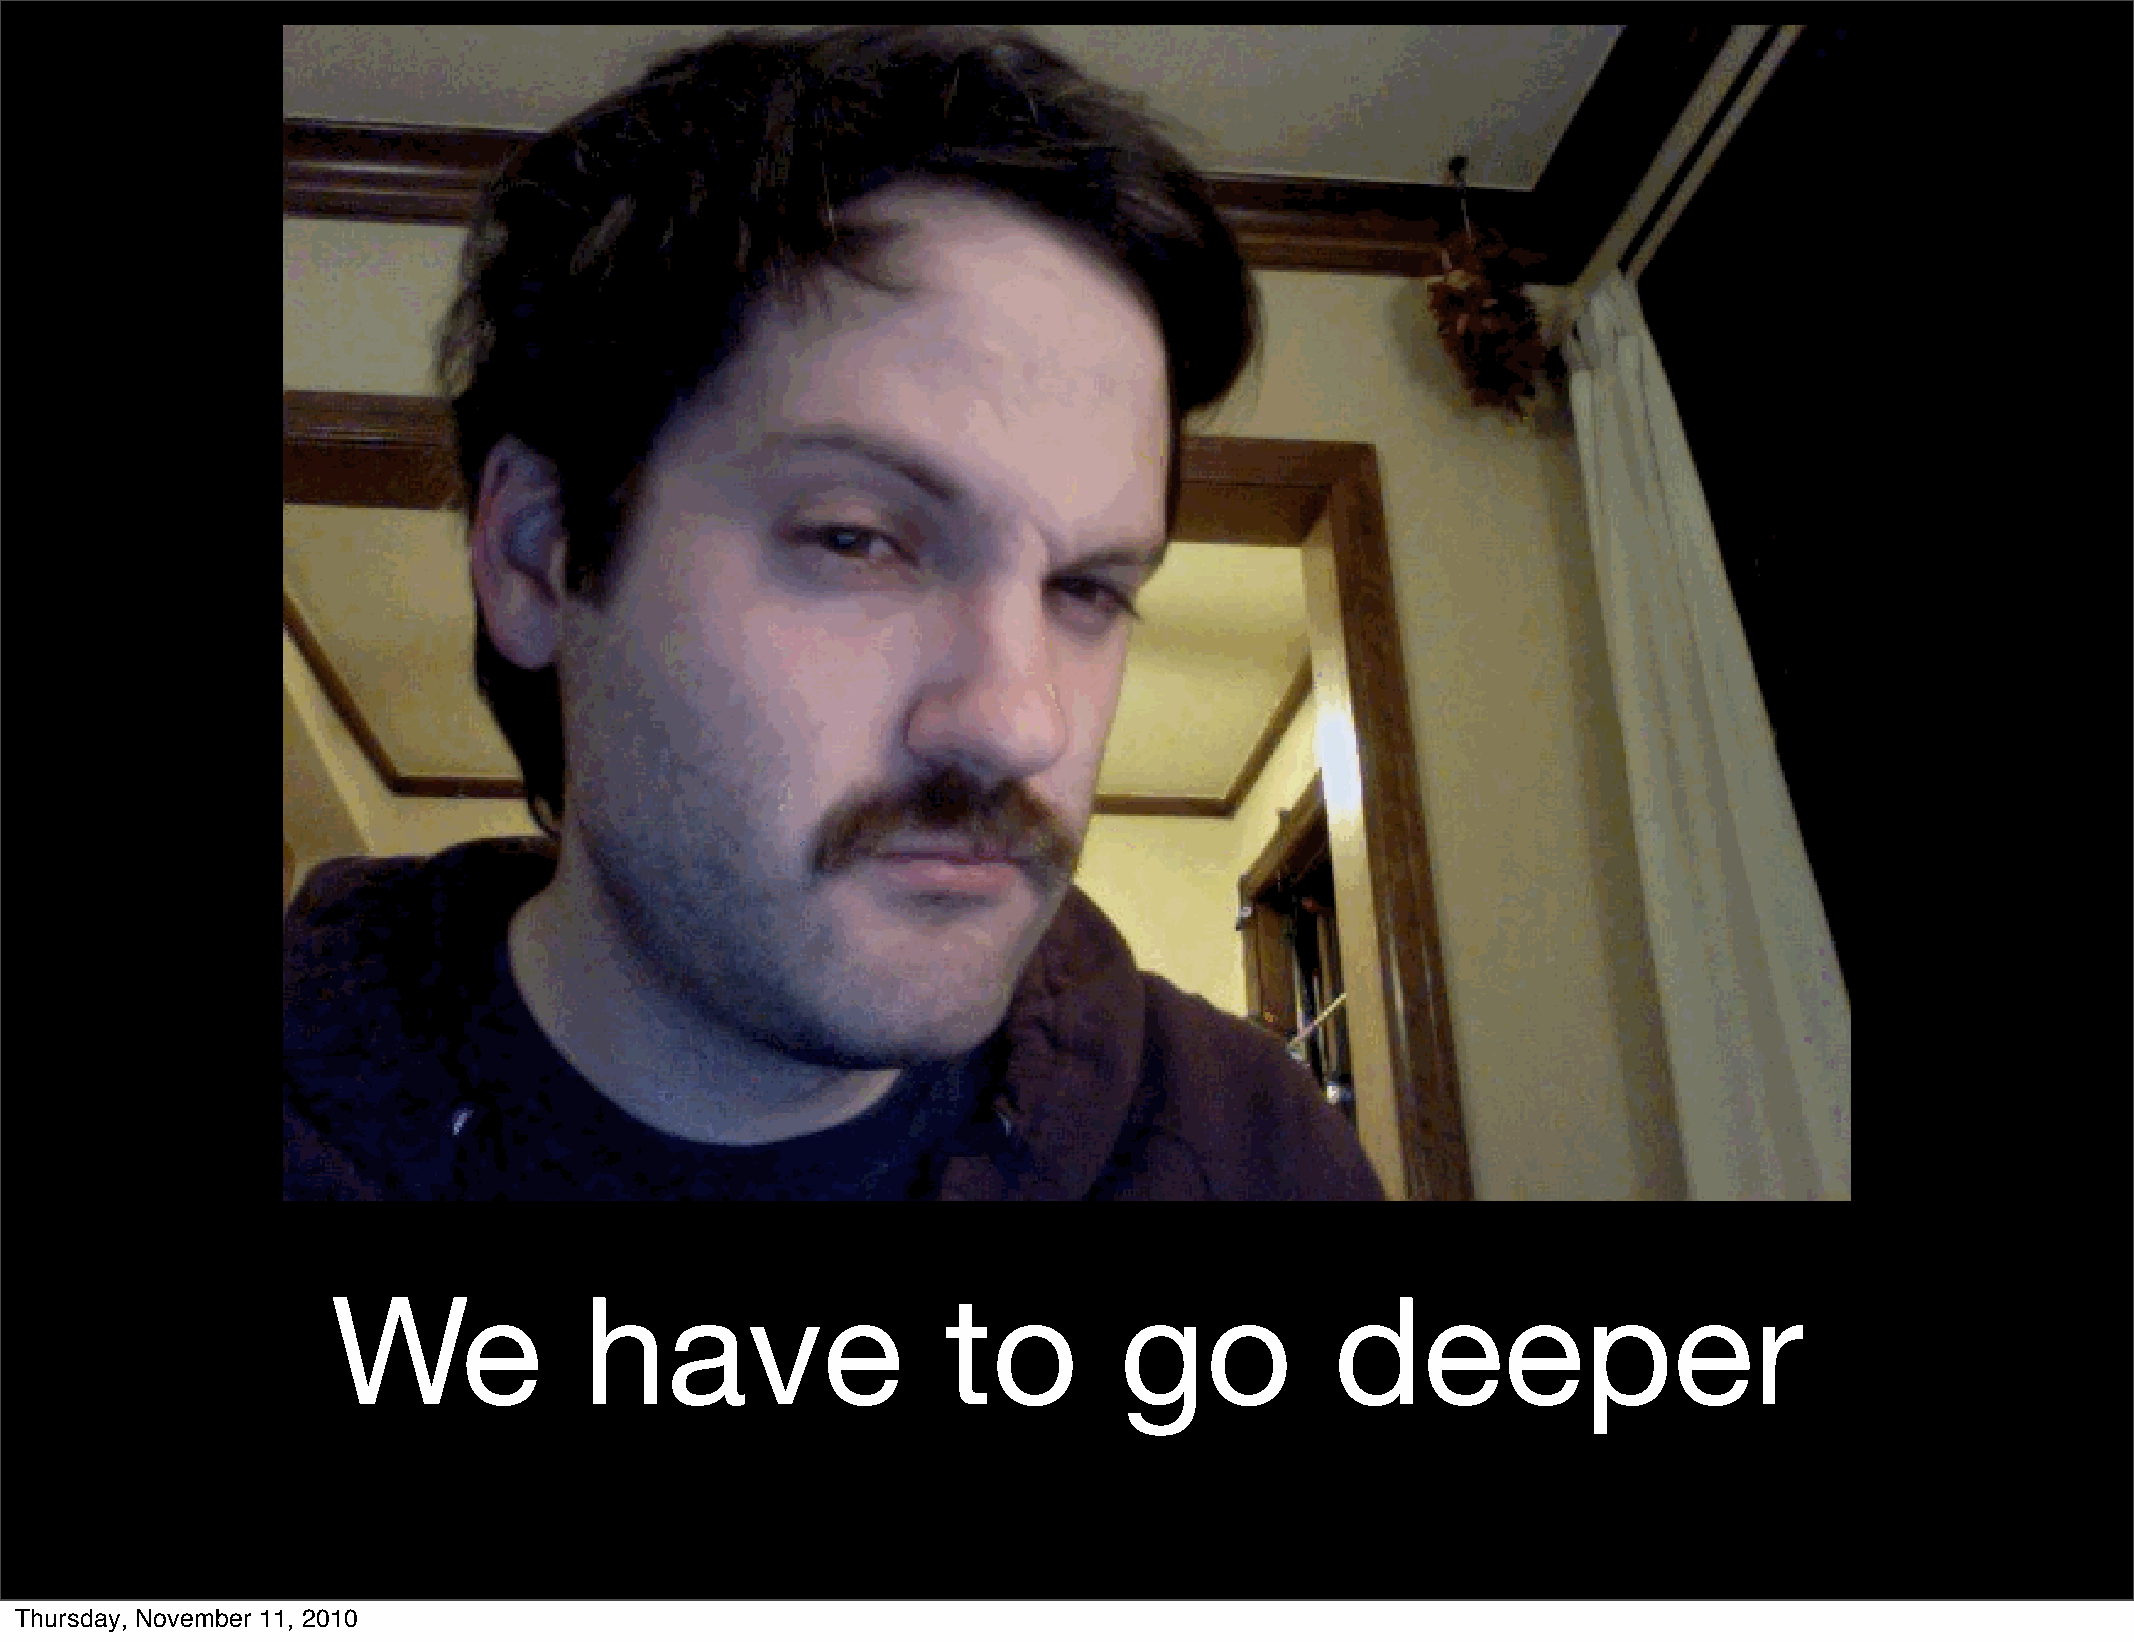
We               have                    to         go            deeper
 Thursday, November 11, 2010